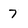
Character: 7